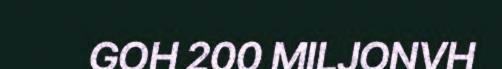
GOH 200 MILJONVH